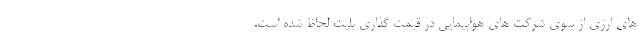
های ارزی از سوی شرکت های هواپیمایی در قیمت گذاری بلیت لحاظ شده است.